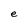
Character: e